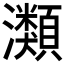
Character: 𤄹